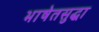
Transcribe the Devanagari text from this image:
भाषेतसुद्धा